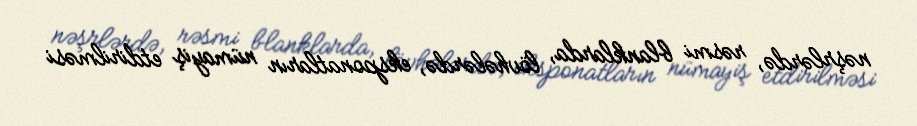
nəşrlərdə, rəsmi blanklarda, lövhələrdə, eksponatların nümayiş etdirilməsi